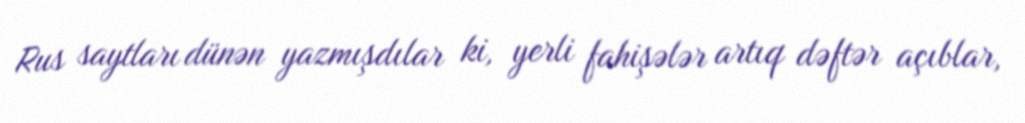
Rus saytları dünən yazmışdılar ki, yerli fahişələr artıq dəftər açıblar,